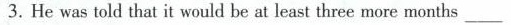
3. He was told that it would be at least three more months ___